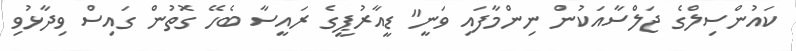
ކައުންސިލްގެ ޖަލްސާއަކުން ނިންމާފައި ވަނީ" ޑީއާރުޕީގެ ރައީސާ ބެހޭ ގޮތުން ގައިސް ވިދާޅުވި